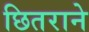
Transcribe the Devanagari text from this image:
छितराने